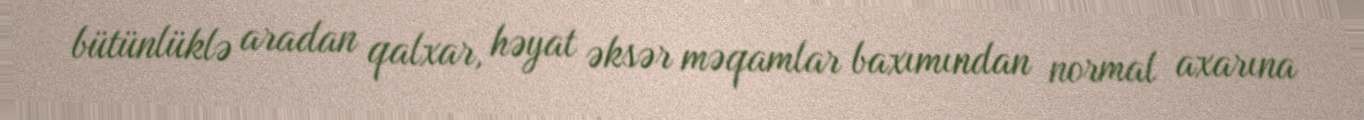
bütünlüklə aradan qalxar, həyat əksər məqamlar baxımından normal axarına